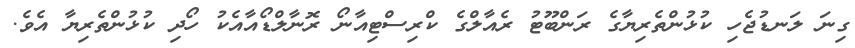
ގިނަ ލަނޑުޖެހި ކުޅުންތެރިޔާގެ ރަންބޫޓު ރެއާލްގެ ކްރިސްޓިއާނޯ ރޮނާލްޑޯއާއެކު ހޯދި ކުޅުންތެރިޔާ އެވެ.